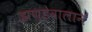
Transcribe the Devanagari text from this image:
झण्डेवालान